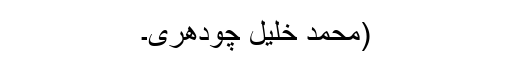
(محمد خلیل چودھری۔